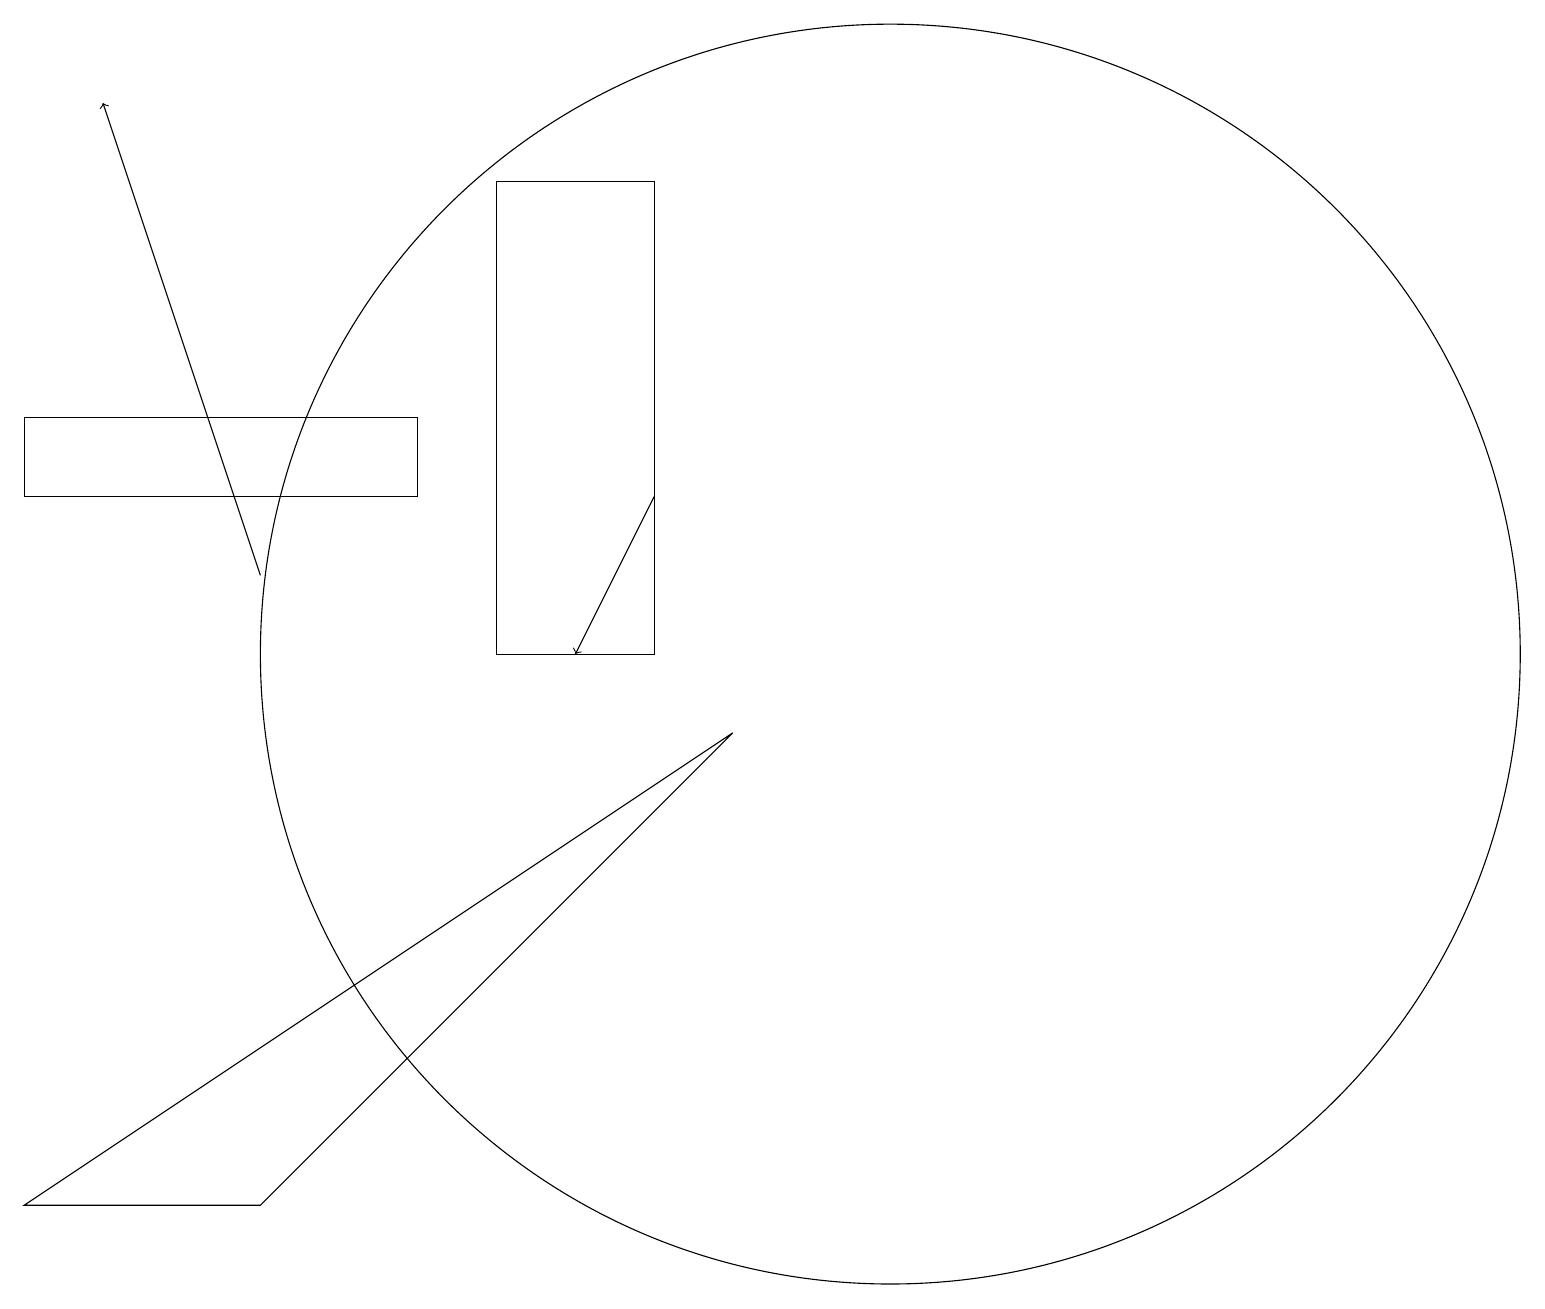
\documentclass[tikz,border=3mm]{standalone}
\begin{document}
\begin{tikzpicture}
\draw[->] (3,11) -- (1,17);
\draw[->] (8,12) -- (7,10);
\draw (3,3) -- (0,3) -- (9,9) -- cycle;
\draw (8,16) rectangle (6,10);
\draw (5,12) rectangle (0,13);
\draw (11,10) circle (8);
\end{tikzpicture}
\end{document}